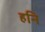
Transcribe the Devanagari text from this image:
हनि